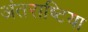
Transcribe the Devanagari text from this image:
अंतराष्टिया